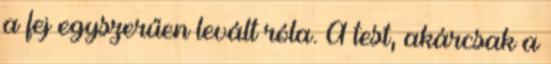
a fej egyszerűen levált róla. A test, akárcsak a